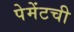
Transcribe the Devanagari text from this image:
पेमेंटची